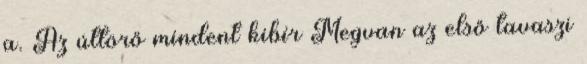
a. Az úttörő mindent kibír Megvan az első tavaszi